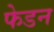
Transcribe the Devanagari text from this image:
फेडन